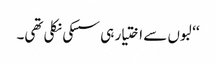
‘‘ لبوں سے اختیار ہی سسکی نکلی تھی۔